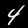
Label: 4